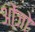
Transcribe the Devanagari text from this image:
ओंजो